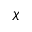
\chi